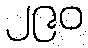
၂၉၀